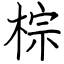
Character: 棕